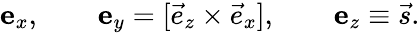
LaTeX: \begin{array}{r}{\boldsymbol{\mathrm{e}}_{x},\qquad\boldsymbol{\mathrm{e}}_{y}=[\vec{e}_{z}\times\vec{e}_{x}],\qquad\boldsymbol{\mathrm{e}}_{z}\equiv\vec{s}.}\end{array}